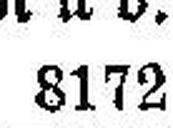
8172